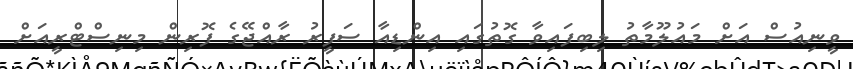
ވީނިއުސް އަށް މައުލޫމާތު ލިބިފައިވާ ގޮތުގައި އިންޑިއާ ސަފީރު ރާއްޖޭގެ ފޮރިން މިނިސްޓްރީއަށް